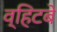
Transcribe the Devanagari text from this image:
व्हिटबे